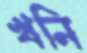
খনি